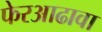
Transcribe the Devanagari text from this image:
फेरआढावा